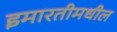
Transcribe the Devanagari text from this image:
इमारतीमधील